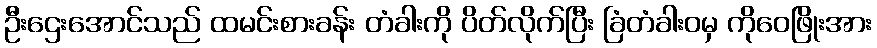
ဦးဌေးအောင်သည် ထမင်းစားခန်း တံခါးကို ပိတ်လိုက်ပြီး ခြံတံခါးဝမှ ကိုဝေဖြိုးအား